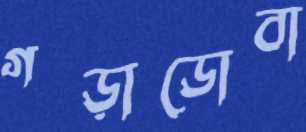
গড়াডোবা